Lunatic asylums Central Provinces reports 1874-1885 - 1874-1885
Year: 1874
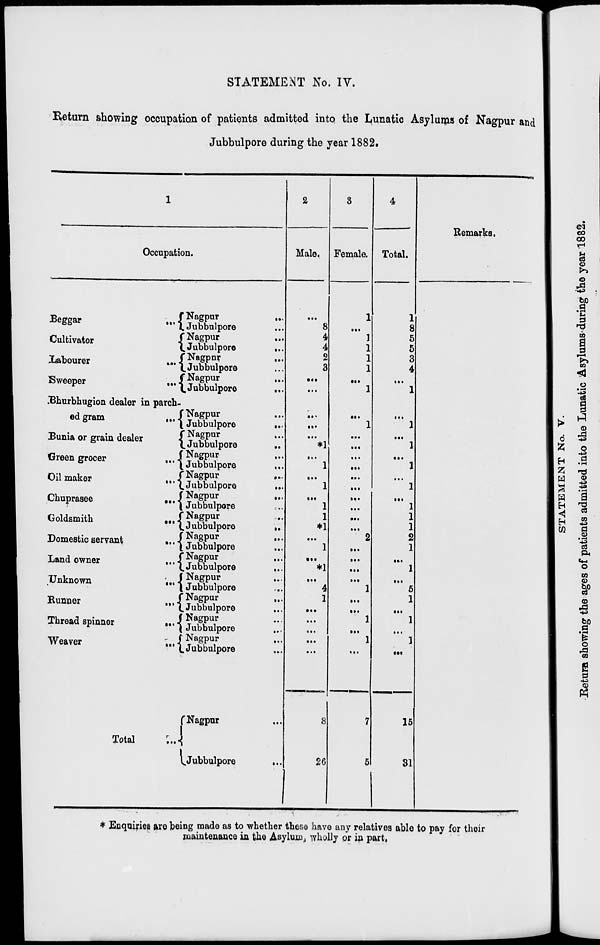
STATEMENT No. IV.
Return showing occupation of patients admitted into the Lunatic Asylums of Nagpur and
Jubbulpore during the year 1882.
1
Occupation.
Beggar
...
Cultivator
...
Labourer
...
Sweeper
...
Bhurbhugion dealer in parch-
ed gram
...
Bunia or grain dealer
Green grocer
...
Oil maker
...
Chuprasee
...
Goldsmith
...
Domestic servant
...
Land owner ...
Unknown
...
Runner
...
Thread spinner
...
Weaver
...
Total ...
Nagpur
...
Jubbulpore ...
Nagpur
...
Jubbulpore
...
Nagpur
...
Jubbulpore ...
Nagpur ...
Jubbulpore
...
Nagpur ...
Jubbulpore
...
Nagpur
...
Jubbulpore
...
Nagpur ...
Jubbulpore
...
Nagpur
...
Jubbulpore
...
Nagpur
...
Jubbulpore ...
Nagpur ...
Jubbulpore
...
Nagpur
...
Jubbulpore
...
Nagpur ...
Jubbulpore
...
Nagpur ...
Jubbulpore ...
Nagpur ...
Jubbulpore ...
Nagpur ...
Jubbulpore ...
Nagpur ...
Jubbulpore ...
Nagpur ...
Jubbulpore
...
2
Male.
...
8
4
4
2
3
...
...
...
...
...
*1
...
1
...
1
...
1
1
*1
...
1
...
*1
...
4
1
...
...
...
...
...
8
26
3
Female.
1
...
1
1
1
1
...
1
...
1
...
...
...
...
...
...
...
...
...
...
2
...
...
...
...
1
...
...
1
...
1
...
7
5
4
Total.
1
8
5
5
3
4
...
1
...
1
...
1
...
1
...
1
...
1
1
1
2
1
...
1
...
5
1
...
1
...
1
...
15
31
Remarks.
* Enquiries are being made as to whether these have any relatives able to pay for their
maintenance in the Asylum, wholly or in part.